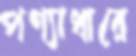
পণ্যাধারে